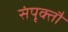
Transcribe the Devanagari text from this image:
संपृक्तौ